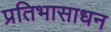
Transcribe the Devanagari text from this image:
प्रतिभासाधन